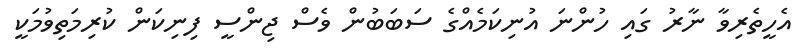
އެހީތެރިވާ ނާރު ގައި ހުންނަ އުނިކަމެއްގެ ސަބަބުން ވެސް ޖިންސީ ފިނިކަން ކުރިމަތިވުމަކީ